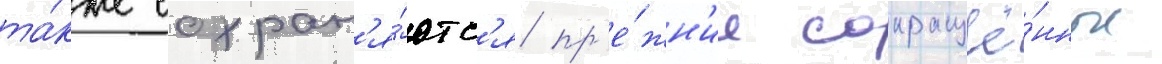
та́кже сохран'я́ютс'я пр'е́жн'ие сокращё́нные